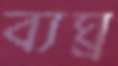
ব্যঘ্র